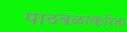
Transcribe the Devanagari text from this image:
पाठबळाकरिता